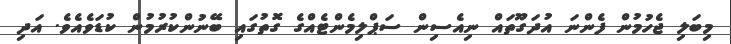
މިބަލި ޖެހުމުން ފެންނަ އުދަގޫތައް ނިއެސިން ސަޕްލިމެންޓެއްގެ ގޮތުގައި ބޭނުންކުރުމުން ކުޑަވެއެވެ. އަދި